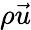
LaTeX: \rho\vec{u}